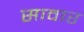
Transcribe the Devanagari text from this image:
सावार